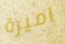
اميرة